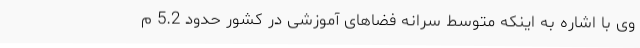
وی با اشاره به اینکه متوسط سرانه فضاهای آموزشی در کشور حدود 5.2 م